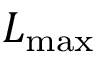
L _ { \mathrm { m a x } }